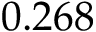
0 . 2 6 8